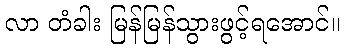
လာ တံခါး မြန်မြန်သွားဖွင့်ရအောင်။